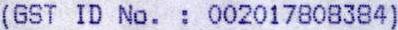
(GST ID NO. : 002017808384)